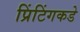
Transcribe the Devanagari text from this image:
प्रिंटिंगकडे